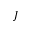
J